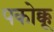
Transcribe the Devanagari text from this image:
पकोक्कू